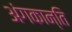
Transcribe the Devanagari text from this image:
अंगकान्ति